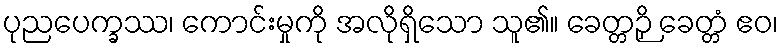
ပုညပေက္ခဿ၊ ကောင်းမှုကို အလိုရှိသော သူ၏။ ခေတ္တဉှိ ခေတ္တံ ဧဝ၊